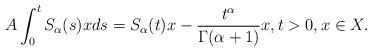
LaTeX: \begin{align*}A\int_0^tS_\alpha(s)xds=S_\alpha(t)x-{t^\alpha\over \Gamma(\alpha+1)}x, t > 0, x\in X.\end{align*}